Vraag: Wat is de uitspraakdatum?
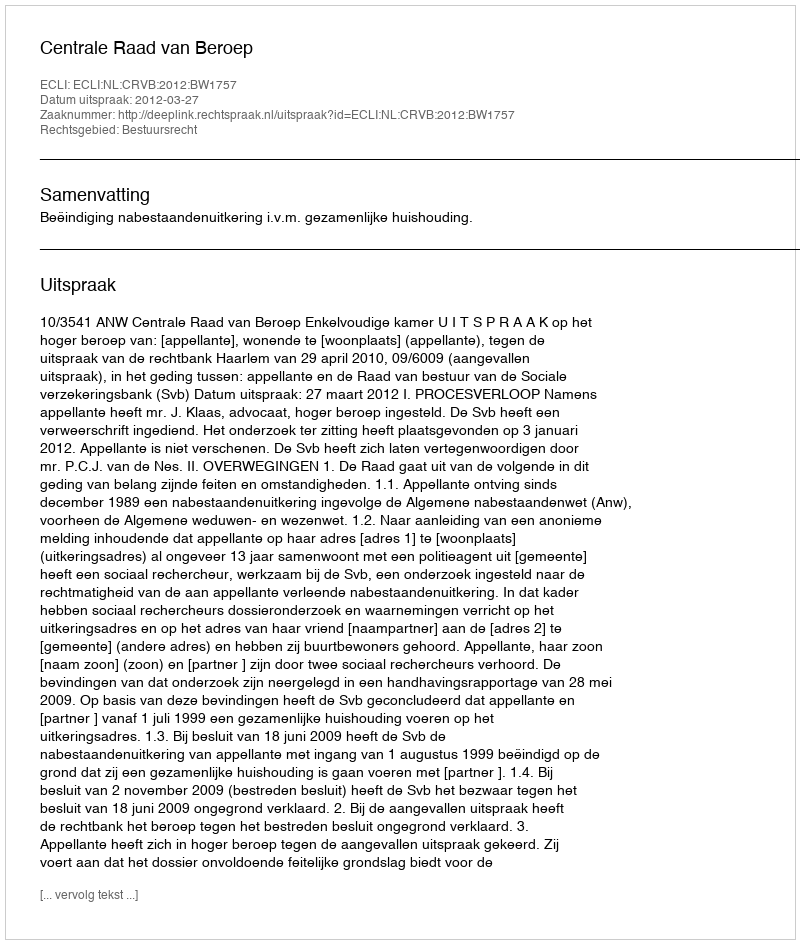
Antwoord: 2012-03-27